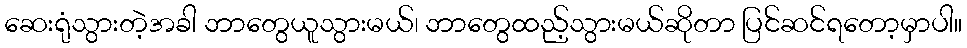
ဆေးရုံသွားတဲ့အခါ ဘာတွေယူသွားမယ်၊ ဘာတွေထည့်သွားမယ်ဆိုတာ ပြင်ဆင်ရတော့မှာပါ။